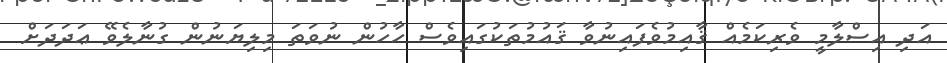
އަދި އިސްލާމީ ވެރިކަމެއް ޤާއިމުވެފައިނުވާ ޤައުމުތަކުގައިވެސް ހާހުން ނުވަތަ މިލިޔަނުން ގުނާލެވޭ ޢަދަދަށް